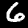
Label: 6